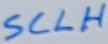
Text: SCLH